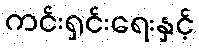
ကင်းရှင်းရေးနှင့်